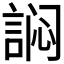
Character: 𰴻